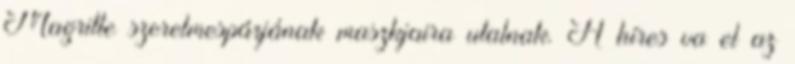
Magritte szerelmespárjának maszkjaira utalnak. A híres va el az